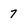
Character: 7